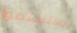
يستسلموا